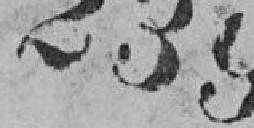
239